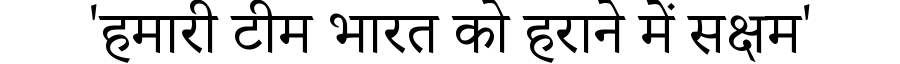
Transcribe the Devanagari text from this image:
'हमारी टीम भारत को हराने में सक्षम'